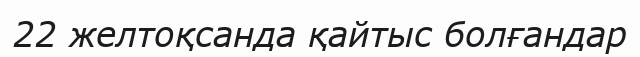
22 желтоқсанда қайтыс болғандар